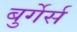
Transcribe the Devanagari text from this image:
बुर्गेर्स